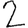
Digit: 2